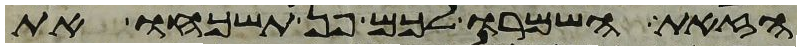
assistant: הזאת השמרו לכם פן תשכחו את